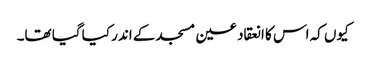
کیوں کہ اس کا انعقاد عین مسجد کے اندر کیا گیا تھا۔